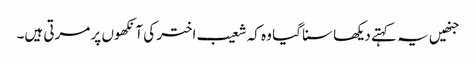
جنھیں یہ کہتے دیکھا سنا گیا وہ کہ شعیب اختر کی آنکھوں پر مرتی ہیں۔